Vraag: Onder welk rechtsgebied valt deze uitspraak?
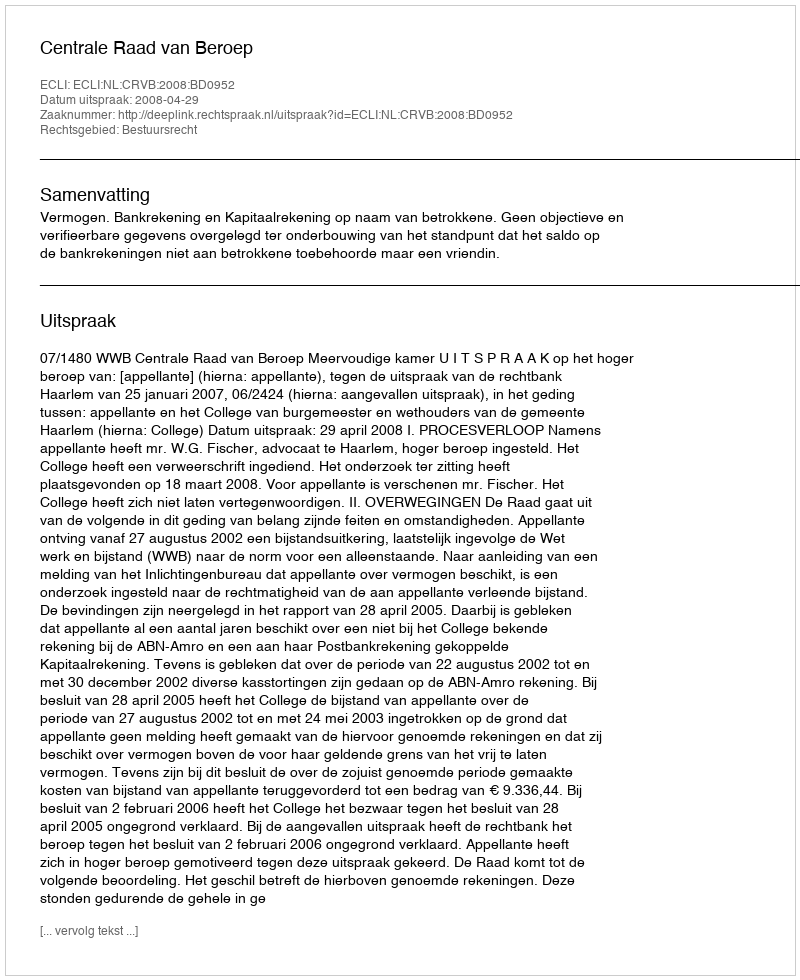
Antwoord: Bestuursrecht